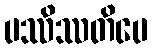
ပဿိဿတိပေ